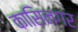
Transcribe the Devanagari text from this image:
कासिनगर